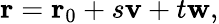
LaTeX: \mathbf{r}=\mathbf{r}_{0}+s\mathbf{v}+t\mathbf{w},